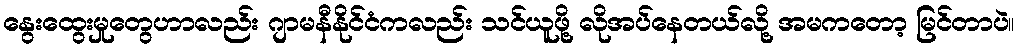
နွေးထွေးမှုတွေဟာလည်း ဂျာမနီနိုင်ငံကလည်း သင်ယူဖို့ လိုအပ်နေတယ်လို့ အမကတော့ မြင်တာပဲ။